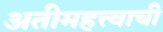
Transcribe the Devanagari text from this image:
अतीमहत्त्वाची